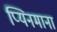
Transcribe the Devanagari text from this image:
प्यिनमाना